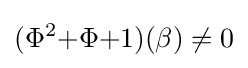
(\Phi ^{2}{+}\Phi {+}1)(\beta )\neq 0